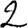
Digit: 2